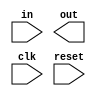

// test_parse2synthtrans_behavopt_1_test.v
module f1_test(in, out, clk, reset);
input in, reset;
output reg out;
input clk;
reg signed [3:0] a;
reg signed [3:0] b;
reg signed [3:0] c;
reg [5:0] d;
reg [5:0] e;

always @(clk or reset) begin
    a = -4;
    b = 2;
    c = a + b;
    d = a + b + c;
    d = d*d;
    if(b)
        e = d*d;
    else 
        e = d + d;
end
endmodule

// test_parse2synthtrans_case_1_test.v
module f2_demultiplexer1_to_4 (out0, out1, out2, out3, in, s1, s0);
output out0, out1, out2, out3;
reg out0, out1, out2, out3;
input in;
input s1, s0;
reg [3:0] encoding;
reg [1:0] state;
   always @(encoding) begin
        case (encoding)
        4'bxx11: state = 1;
        4'bx0xx: state = 3;
        4'b11xx: state = 4;
        4'bx1xx: state = 2;
        4'bxx1x: state = 1;
        4'bxxx1: state = 0;
        default: state = 0;
        endcase
   end
   
   always @(encoding) begin
        case (encoding)
        4'b0000: state = 1;
        default: state = 0;
        endcase
   end
endmodule

// test_parse2synthtrans_contassign_1_test.v
module f3_test(in, out);

input wire in;
output  out;
assign out = (in+in);
assign out = 74;
endmodule

// test_parse2synthtrans_module_basic0_test.v
module f4_test;
endmodule

// test_parse2synthtrans_operators_1_test.v
module f5_test(in, out);
input in;
output out;
parameter p1 = 10;
parameter p2 = 5;

assign out = +p1;
assign out = -p2;
assign out = p1 + p2;
assign out = p1 - p2;
endmodule

// test_parse2synthtrans_param_1_test.v
module f6_test(in, out);
input in;
output out;
parameter p = 10;

assign out = p;
endmodule

// test_parse2synthtrans_port_scalar_1_test.v
module f7_test(in, out, io);
inout io;
output out;
input in;

endmodule

// test_parse2synthtrans_port_vector_1_test.v
module f8_test(in1, in2, out1, out2, io1, io2);
inout [1:0] io1;
inout [0:1] io2;
output [1:0] out1;
output [0:1] out2;
input [1:0] in1;
input [0:1] in2;

endmodule

// test_parse2synthtrans_v2k_comb_logic_sens_list_test.v
module f9_test(q, d, clk, reset);
output reg q;
input d, clk, reset;

always @ (posedge clk, negedge reset)
	if(!reset) q <= 0;
	else q <= d;

endmodule